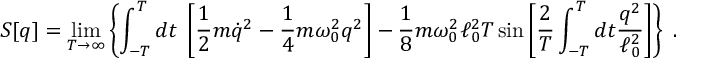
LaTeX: S [ q ] = \operatorname * { l i m } _ { T \rightarrow \infty } \left\{ \int _ { - T } ^ { T } d t \; \left[ \frac 1 2 m \dot { q } ^ { 2 } - \frac 1 4 m \omega _ { 0 } ^ { 2 } q ^ { 2 } \right] - \frac 1 8 m \omega _ { 0 } ^ { 2 } \ell _ { 0 } ^ { 2 } T \sin \left[ { \frac { 2 } { T } } \int _ { - T } ^ { T } d t { \frac { q ^ { 2 } } { \ell _ { 0 } ^ { 2 } } } \right] \right\} \; .